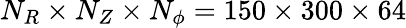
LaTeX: N_{R}\times N_{Z}\times N_{\phi}=150\times 300\times 64